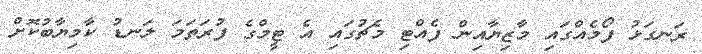
ރަނގަޅު ފޯމެއްގައި މާޒިޔާއިން ފެއްޓި މެޗުގައި އެ ޓީމްގެ ފުރަތަމަ ލަނޑު ކާމިޔާބުކޮށް